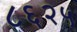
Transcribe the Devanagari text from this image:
८६२५